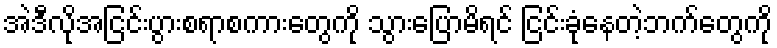
အဲဒီလိုအငြင်းပွားစရာစကားတွေကို သွားပြောမိရင် ငြင်းခုံနေတဲ့ဘက်တွေကို